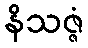
နိသဇ္ဇံ